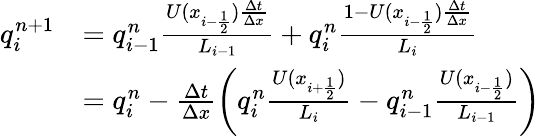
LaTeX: \begin{array}{rl}{q_{i}^{n+1}}&{=q_{i-1}^{n}\frac{U(x_{i-\frac 12})\frac{\Delta t}{\Delta x}}{L_{i-1}}+q_{i}^{n}\frac{1-U(x_{i-\frac 12})\frac{\Delta t}{\Delta x}}{L_{i}}}\\ &{=q_{i}^{n}-\frac{\Delta t}{\Delta x}\left(q_{i}^{n}\frac{U(x_{i+\frac 12})}{L_{i}}-q_{i-1}^{n}\frac{U(x_{i-\frac 12})}{L_{i-1}}\right)}\end{array}